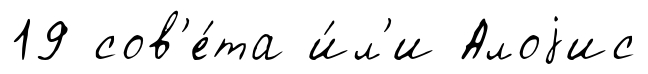
19 сов'е́та и́л'и Алоjис